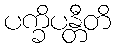
ပက္ခိပန္တီတိ